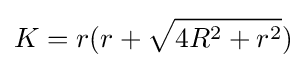
K=r(r+{\sqrt {4R^{2}+r^{2}}})